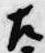
左